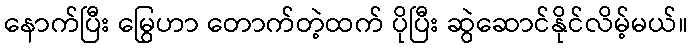
နောက်ပြီး မြွေဟာ တောက်တဲ့ထက် ပိုပြီး ဆွဲဆောင်နိုင်လိမ့်မယ်။